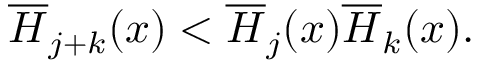
\overline { { { H } } } _ { j + k } ( x ) < \overline { { { H } } } _ { j } ( x ) \overline { { { H } } } _ { k } ( x ) .